Indian journal of veterinary science and animal husbandry - Volumes 24-25, 1954-1955
Year: 1954
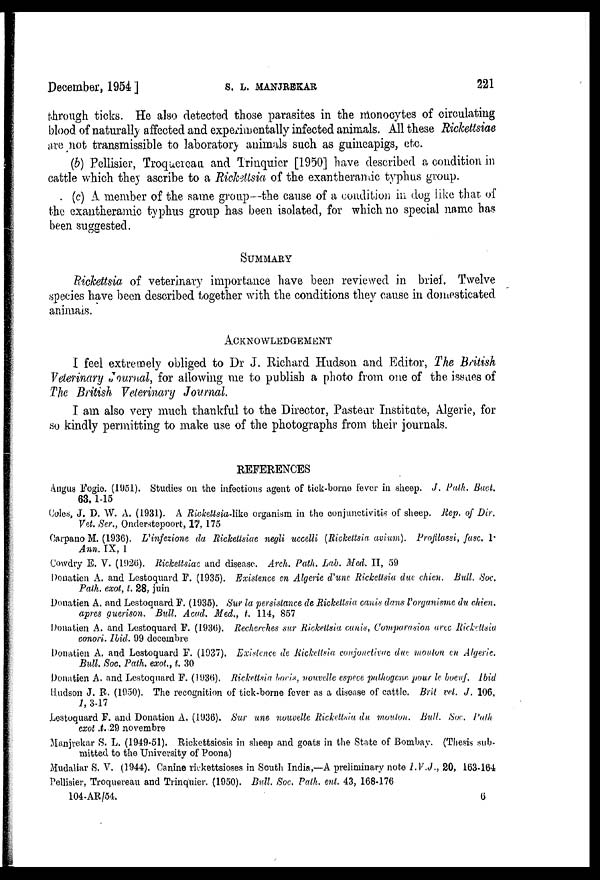
December, 1954 ]
S.
L.
MANJREKAR
221
through ticks. He also detected those parasites in the monocytes of circulating
blood of naturally affected and experimentally infected animals. All these Rickettsiae
are not transmissible to laboratory animals such as guineapigs, etc.
(b) Pellisier, Troquereau and Trinquier [1950] have described a condition in
cattle which they ascribe to a Rickettsia of the exantheramic typhus group.
(c) A member of the same group—the cause of a condition in dog like that of
the exantheramic typhus group has been isolated, for which no special name has
been suggested.
SUMMARY
Rickettsia of veterinary importance have been reviewed in brief. Twelve
species have been described together with the conditions they cause in domesticated
animals.
ACKNOWLEDGEMENT
I feel extremely obliged to Dr J. Richard Hudson and Editor, The British
Veterinary Journal, for allowing me to publish a photo from one of the issues of
The British Veterinary Journal.
I am also very much thankful to the Director, Pasteur Institute, Algerie, for
so kindly permitting to make use of the photographs from their journals.
REFERENCES
Angus Fogie. (1951). Studies on the infectious agent of tick-borne fever in sheep. J. Path. Bact.
63, 1-15
Coles, J. D. W. A. (1931). A Rickettsia-like organism in the conjunctivitis of sheep. Rep. of Dir.
Vet. Ser., Onderstepoort, 17, 175
Carpano M. (1936). L'infezione da Rickettsiae negli uccelli (Rickettsia avium). Profilassi, fasc. 1.
Ann. IX, 1
Cowdry E. V. (1926). Rickettsiae and disease. Arch. Path. Lab. Med. II, 59
Donatien A. and Lestoquard F. (1935). Existence en Algerie d'une Rickettsia due chien. Bull. Soc.
Path. exot, t. 28, juin
Donatien A. and Lestoquard F. (1935). Sur la persistance de Rickettsia canis dans l'organisme du chien,
apres guerison. Bull. Acad. Med., t. 114, 857
Donatien A. and Lestoquard F. (1936). Recherches sur Rickettsia canis, Comparasion arec Rickettsia
conori. Ibid. 99 decembre
Donatien A. and Lestoquard F. (1937). Existence de Rickettsia conjonctivae due mouton en Algeric.
Bull. Soc. Path. exot., t. 30
Donatien A. and Lestoquard F. (1936). Rickettsia boris, nouvelle espece pathogene pour le boeuf. Ibid
Hudson J. R. (1950). The recognition of tick-borne fever as a disease of cattle. Brit vet. J. 106,
1, 3-17
Lestoquard F. and Donatien A. (1936). Sur une nouvelle Rickettsia du mouton. Bull. Soc. Path
exot. t. 29 novembre
Maujrekar S. L. (1949-51). Rickettsiosis in sheep and goats in the State of Bombay. (Thesis sub-
mitted to the University of Poona)
Mudaliar S. V. (1944). Canine rickettsioses in South India,—A preliminary note I.V.J., 20, 163-164
Pellisier, Troquereau and Trinquier. (1950). Bull. Soc. Path. ent. 43, 168-176
104-AR/54.
6